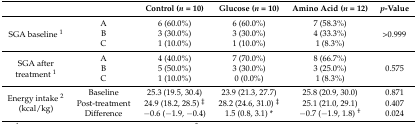
<table><thead><tr><td colspan="2"></td><td><b>Control (<i>n</i> = 10)</b></td><td><b>Glucose (<i>n</i> = 10)</b></td><td><b>Amino Acid (<i>n</i> = 12)</b></td><td><b><i>p</i>-Value</b></td></tr></thead><tbody><tr><td rowspan="3">SGA baseline <sup>1</sup></td><td>A</td><td>6 (60.0%)</td><td>6 (60.0%)</td><td>7 (58.3%)</td><td rowspan="3">&gt;0.999</td></tr><tr><td>B</td><td>3 (30.0%)</td><td>3 (30.0%)</td><td>4 (33.3%)</td></tr><tr><td>C</td><td>1 (10.0%)</td><td>1 (10.0%)</td><td>1 (8.3%)</td></tr><tr><td rowspan="3">SGA after treatment <sup>1</sup></td><td>A</td><td>4 (40.0%)</td><td>7 (70.0%)</td><td>8 (66.7%)</td><td rowspan="3">0.575</td></tr><tr><td>B</td><td>5 (50.0%)</td><td>3 (30.0%)</td><td>3 (25.0%)</td></tr><tr><td>C</td><td>1 (10.0%)</td><td>0 (0.0%)</td><td>1 (8.3%)</td></tr><tr><td rowspan="3">Energy intake <sup>2</sup> (kcal/kg)</td><td>Baseline</td><td>25.3 (19.5, 30.4)</td><td>23.9 (21.3, 27.7)</td><td>25.8 (20.9, 30.0)</td><td>0.871</td></tr><tr><td>Post-treatment</td><td>24.9 (18.2, 28.5) <sup>‡</sup></td><td>28.2 (24.6, 31.0) <sup>‡</sup></td><td>25.1 (21.0, 29.1)</td><td>0.407</td></tr><tr><td>Difference</td><td>−0.6 (−1.9, −0.4)</td><td>1.5 (0.8, 3.1) *</td><td>−0.7 (−1.9, 1.8) <sup>†</sup></td><td>0.024</td></tr></tbody></table>